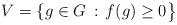
LaTeX: \begin{align*}V = \{ g \in G \, : \, f(g) \geq 0 \big\}\end{align*}